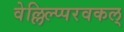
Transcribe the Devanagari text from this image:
वेल्लिल्प्परवकल्